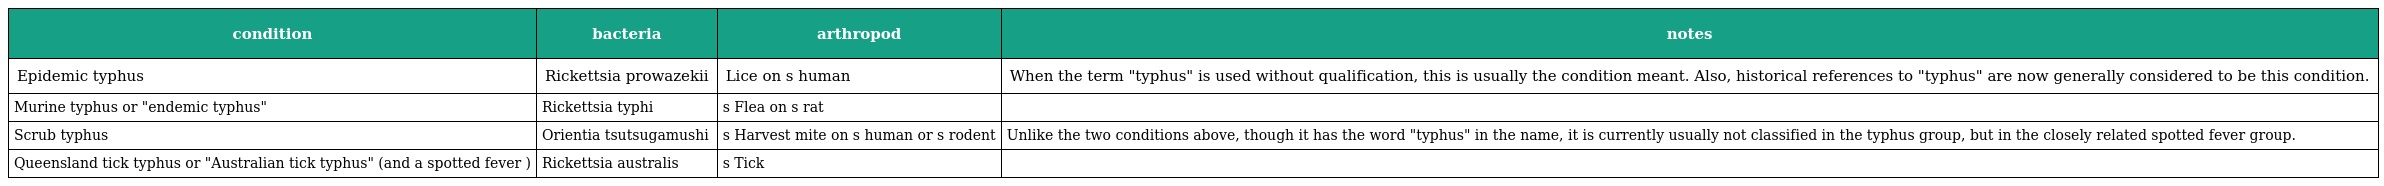
| condition | bacteria | arthropod | notes |
 | --- | --- | --- | --- |
 | Epidemic typhus | Rickettsia prowazekii | Lice on s human | When the term "typhus" is used without qualification, this is usually the condition meant. Also, historical references to "typhus" are now generally considered to be this condition. |
 | Murine typhus or "endemic typhus" | Rickettsia typhi | s Flea on s rat |  |
 | Scrub typhus | Orientia tsutsugamushi | s Harvest mite on s human or s rodent | Unlike the two conditions above, though it has the word "typhus" in the name, it is currently usually not classified in the typhus group, but in the closely related spotted fever group. |
 | Queensland tick typhus or "Australian tick typhus" (and a spotted fever ) | Rickettsia australis | s Tick |  |